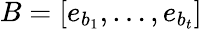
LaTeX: B=[e_{b_{1}},\dots,e_{b_{t}}]